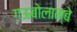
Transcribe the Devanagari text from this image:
गऊबोलाम्बे